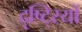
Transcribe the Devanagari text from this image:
दृष्टि्रयों